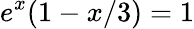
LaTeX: e^{x}(1-x/3)=1